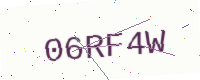
Text: 06RF4W